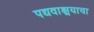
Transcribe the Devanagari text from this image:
पद्यवाङ्मयाचा